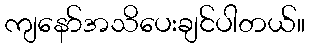
ကျနော်အသိပေးချင်ပါတယ်။